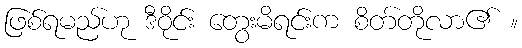
ဖြစ်ရမည်ဟု ဒီဝိုင်း တွေးမိရင်းက စိတ်တိုလာ၏ ။